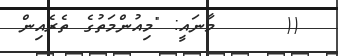
((     މާނައީ: "މިއުންމަތުގެ ތެރެއިން